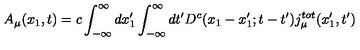
A _ { \mu } ( x _ { 1 } , t ) = c \int _ { - \infty } ^ { \infty } d x _ { 1 } ^ { \prime } \int _ { - \infty } ^ { \infty } d t ^ { \prime } D ^ { c } ( x _ { 1 } - x _ { 1 } ^ { \prime } ; t - t ^ { \prime } ) j _ { \mu } ^ { t o t } ( x _ { 1 } ^ { \prime } , t ^ { \prime } )